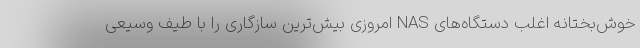
خوش‌بختانه اغلب دستگاه‌های NAS امروزی بیش‌ترین سازگاری را با طیف وسیعی